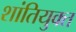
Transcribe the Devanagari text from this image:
शांतियुक्त